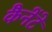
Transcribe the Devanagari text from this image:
कैनेंटे